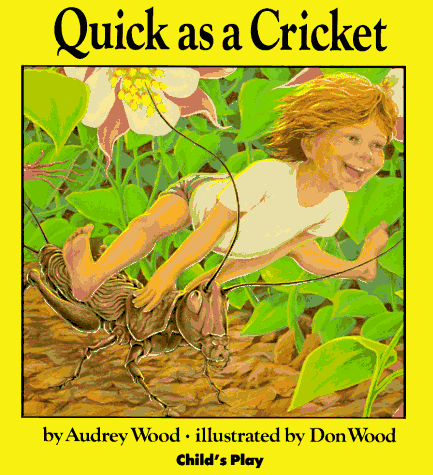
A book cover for Quick as a Cricket; Audrey Wood; Children's Books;